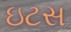
ઇટસ